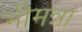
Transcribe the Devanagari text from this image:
भीमन्ना